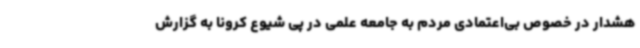
هشدار در خصوص بی‌اعتمادی مردم به جامعه علمی در پی شیوع کرونا به گزارش